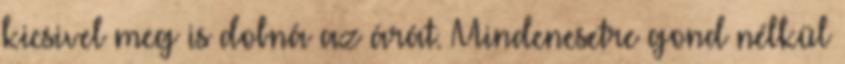
kicsivel meg is dobná az árát. Mindenesetre gond nélkül